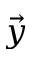
\Vec { y }